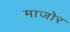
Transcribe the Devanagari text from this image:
माजोर